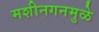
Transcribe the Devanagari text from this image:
मशीनगनमुळे